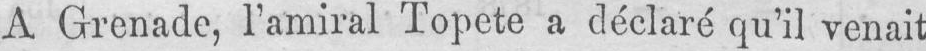
A Grenade, l’amiral Topete a déclaré qu’il venait